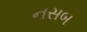
નસબ